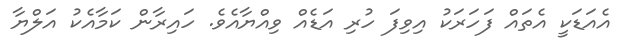
އެއަޑަކީ އެތައް ފަހަރަކު އިވިފަ ހުރި އަޑެއް ވިއްޔާއެވެ. ހައިރާން ކަމާއެކު އަލްޔާ